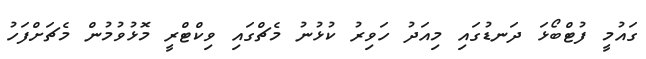
ގައުމީ ފުޓްބޯޅަ ދަނޑުގައި މިއަދު ހަވިރު ކުޅުނު މެޗްގައި ވިކްޓްރީ މޮޅުވުމުން މެޗަށްފަހު